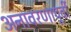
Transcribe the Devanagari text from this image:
अनावरणापूर्वी